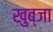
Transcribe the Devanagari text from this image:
खुब्जा